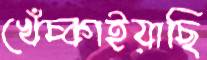
খেঁচ্‌কাইয়াছি